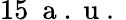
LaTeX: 15\ \mathrm{~a~.~u~.~}